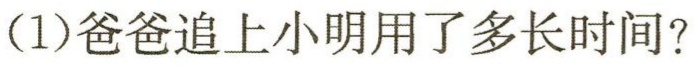
(1)爸爸追上小明用了多长时间？